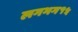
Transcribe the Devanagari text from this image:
लगभग१५